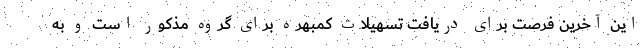
این آخرین فرصت برای دریافت تسهیلات کمبهره برای گروه مذکور است و به